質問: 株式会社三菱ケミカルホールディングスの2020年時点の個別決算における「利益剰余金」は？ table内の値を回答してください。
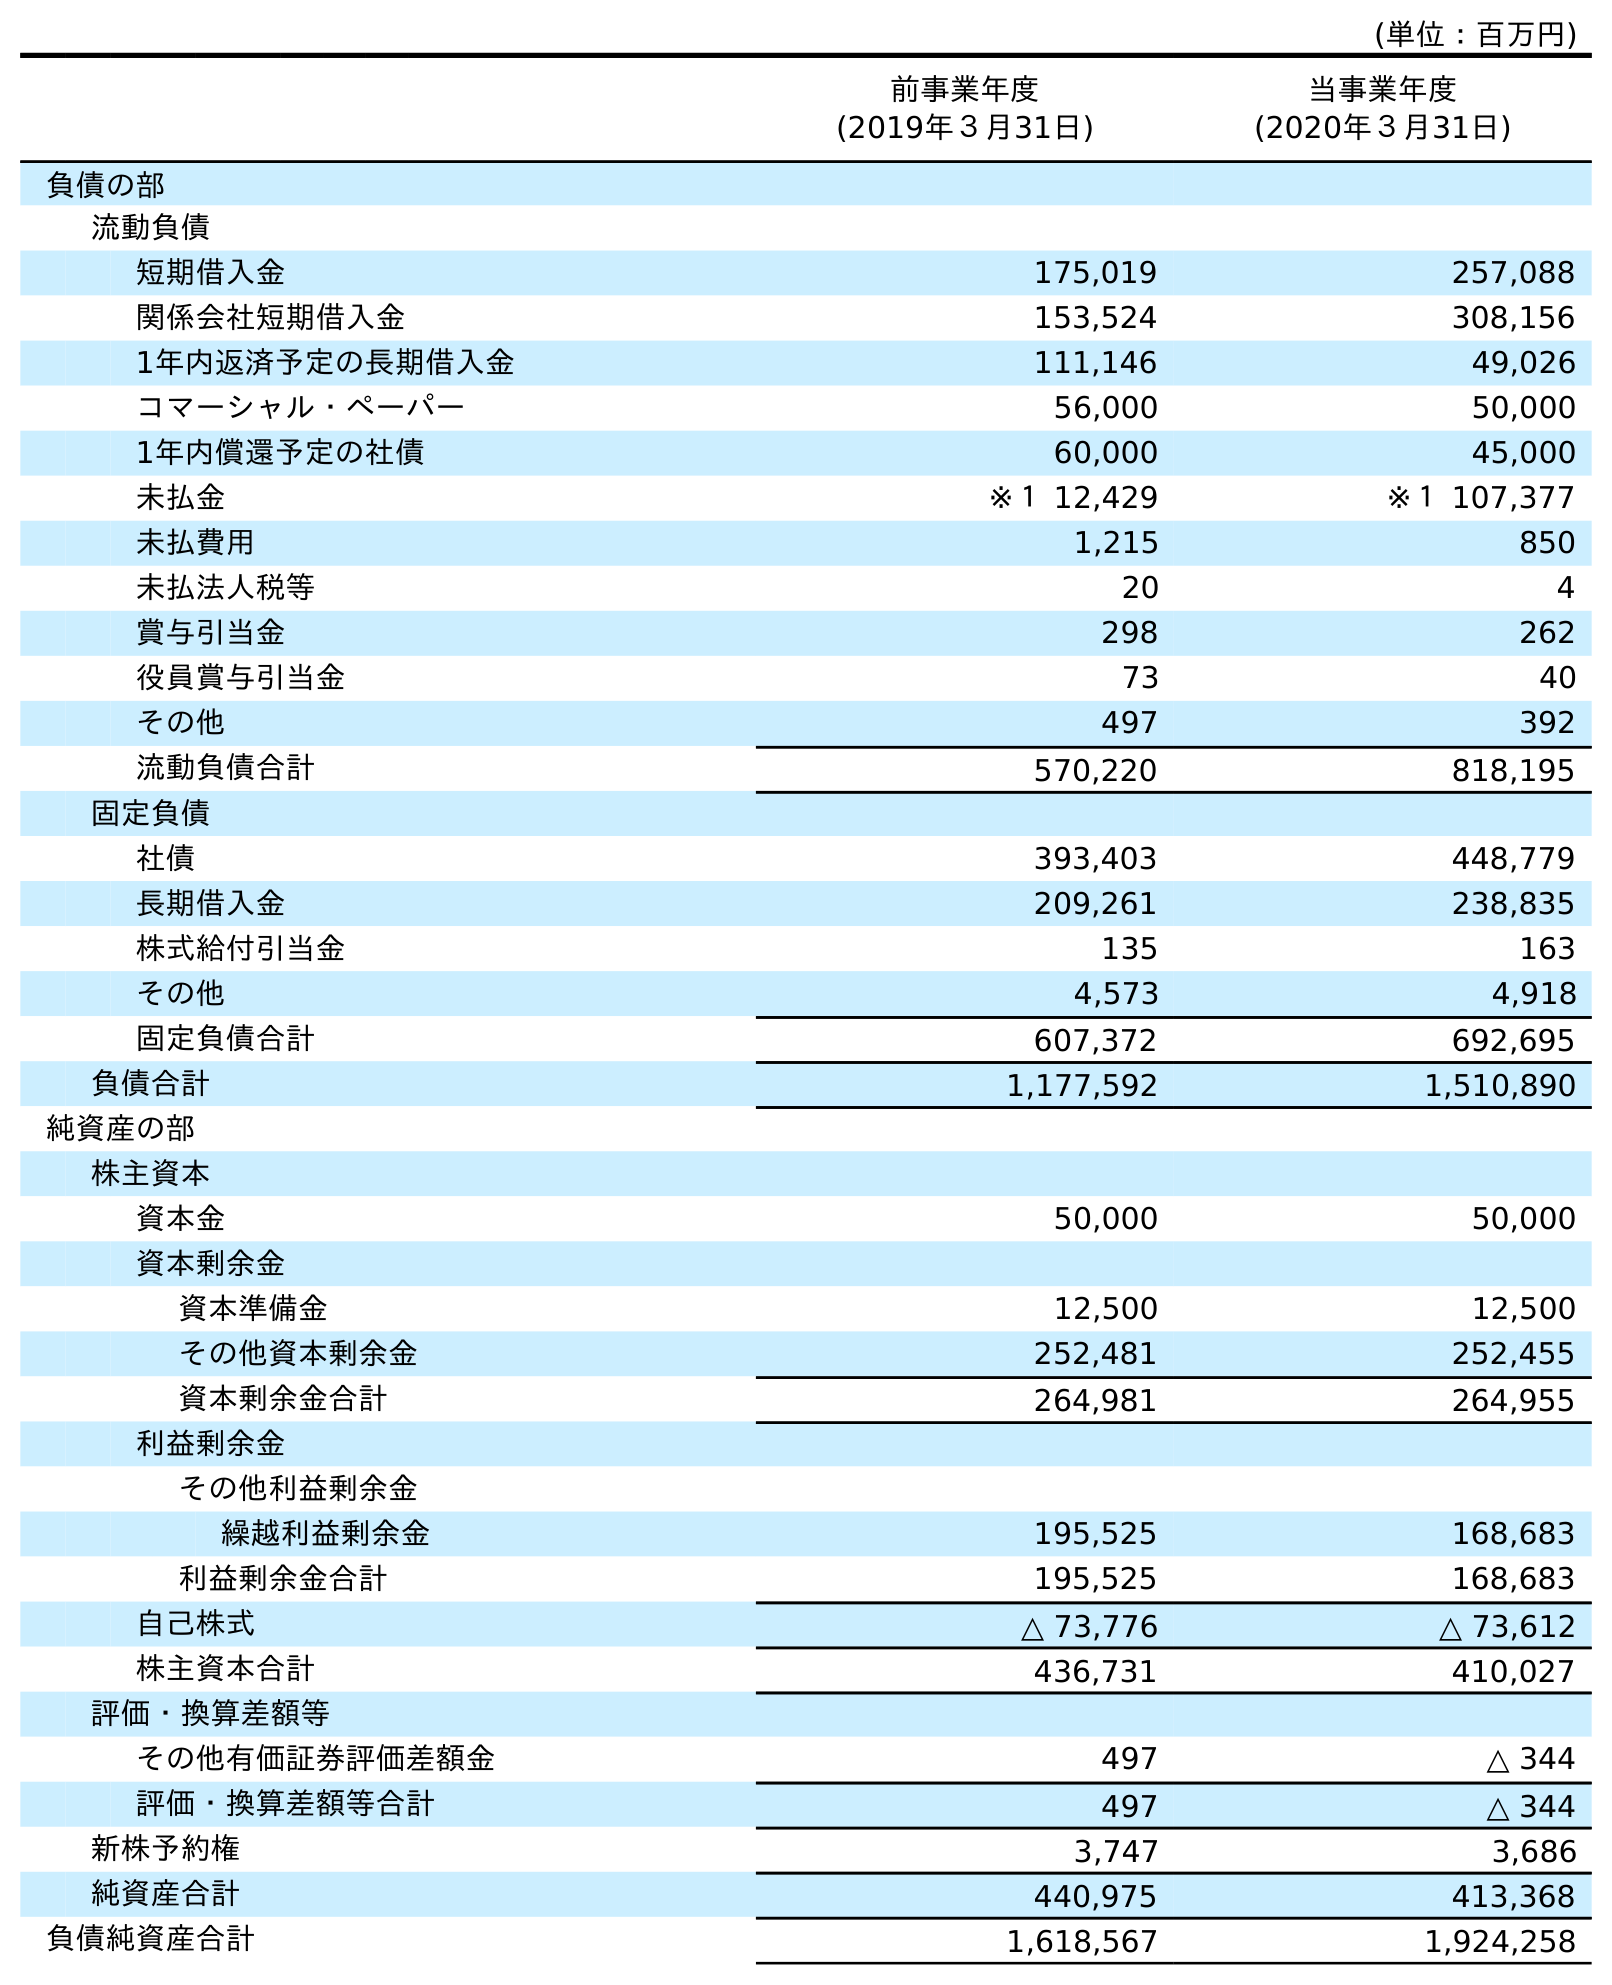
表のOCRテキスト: (単位：百万円) 前事業年度 (2019年３月31日) 当事業年度 (2020年３月31日) 負債の部 流動負債 短期借入金 175,019 257,088 関係会社短期借入金 153,524 308,156 1年内返済予定の長期借入金 111,146 49,026 コマーシャル・ペーパー 56,000 50,000 1年内償還予定の社債 60,000 45,000 未払金 ※１ 12,429 ※１ 107,377 未払費用 1,215 850 未払法人税等 20 4 賞与引当金 298 262 役員賞与引当金 73 40 その他 497 392 流動負債合計 570,220 818,195 固定負債 社債 393,403 448,779 長期借入金 209,261 238,835 株式給付引当金 135 163 その他 4,573 4,918 固定負債合計 607,372 692,695 負債合計 1,177,592 1,510,890 純資産の部 株主資本 資本金 50,000 50,000 資本剰余金 資本準備金 12,500 12,500 その他資本剰余金 252,481 252,455 資本剰余金合計 264,981 264,955 利益剰余金 その他利益剰余金 繰越利益剰余金 195,525 168,683 利益剰余金合計 195,525 168,683 自己株式 △ 73,776 △ 73,612 株主資本合計 436,731 410,027 評価・換算差額等 その他有価証券評価差額金 497 △ 344 評価・換算差額等合計 497 △ 344 新株予約権 3,747 3,686 純資産合計 440,975 413,368 負債純資産合計 1,618,567 1,924,258
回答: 168,683